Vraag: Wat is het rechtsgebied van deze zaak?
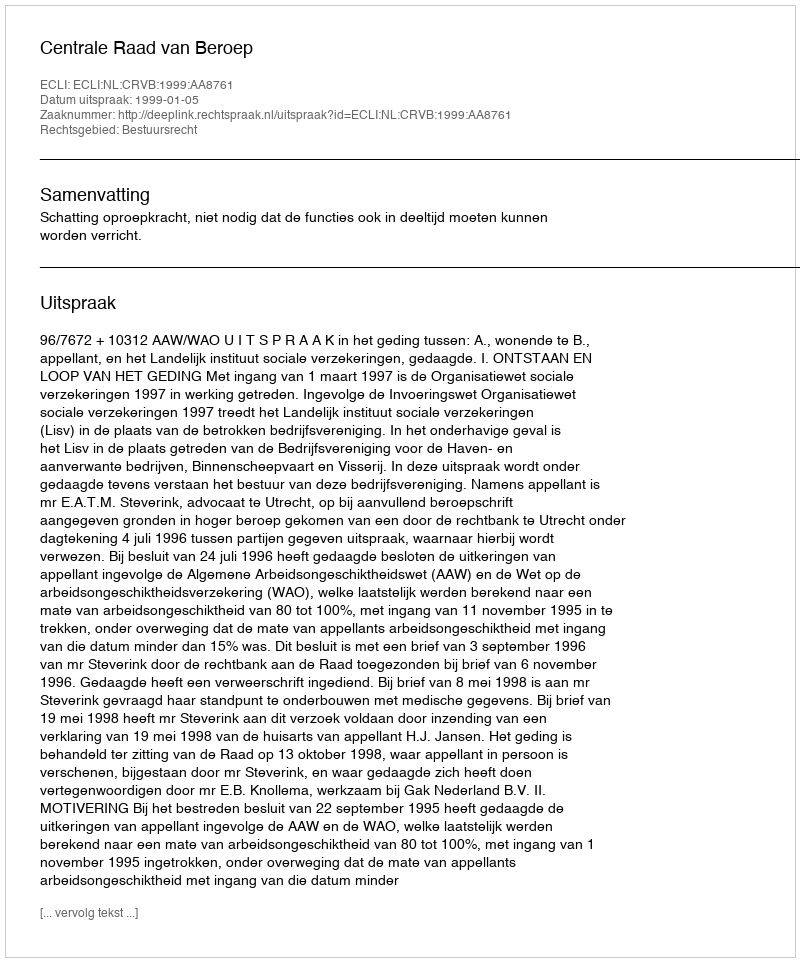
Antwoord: Bestuursrecht